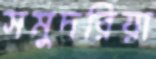
সমুদরিয়া